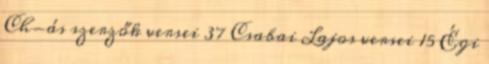
Ch-ás szerzők versei 37 Csabai Lajos versei 15 Égi